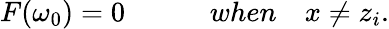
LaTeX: F(\omega_{0})=0\quad\quad\quad when\quad x\neq z_{i}.